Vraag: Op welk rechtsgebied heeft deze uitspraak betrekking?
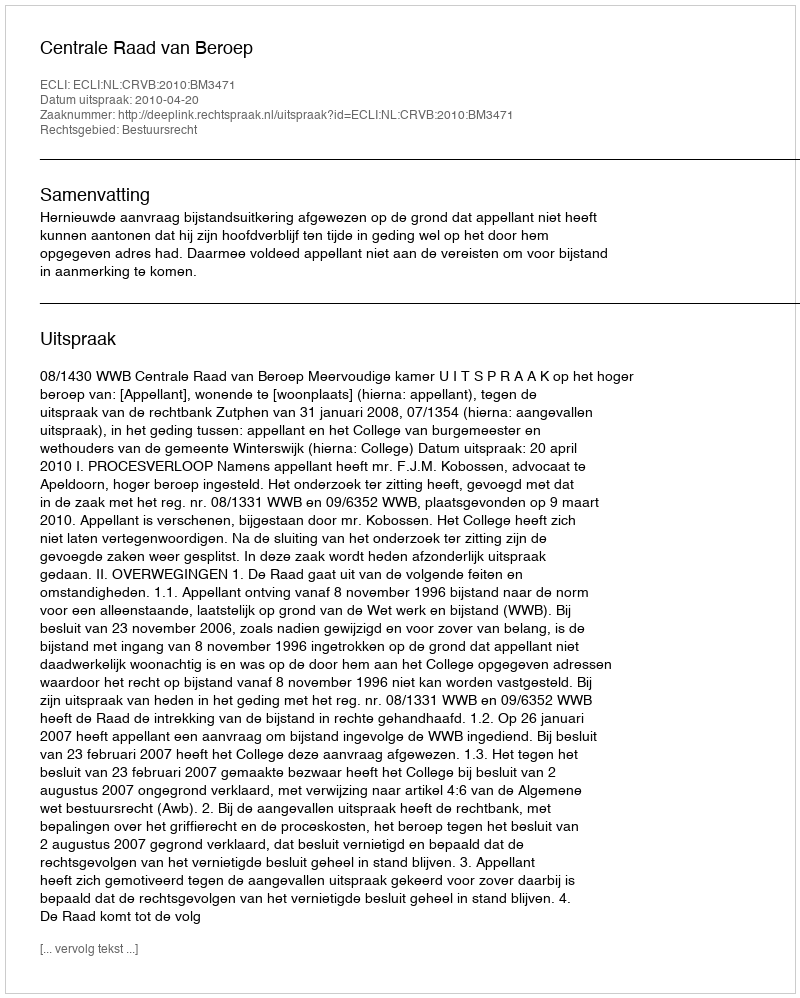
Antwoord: Bestuursrecht